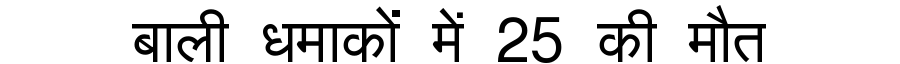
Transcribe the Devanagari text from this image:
बाली धमाकों में 25 की मौत